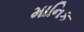
માનિક